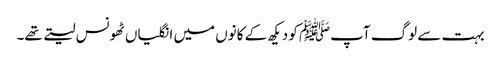
بہت سے لوگ آپﷺ کو دیکھ کے کانوں میں انگلیاں ٹھونس لیتے تھے۔